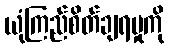
ယုံကြည်စိတ်ချရမှုကို